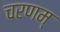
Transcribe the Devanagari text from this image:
चरणम्‌